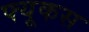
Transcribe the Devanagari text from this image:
फ्यूकस